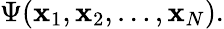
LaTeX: \begin{array}{r}{\Psi(\mathbf{x}_{1},\mathbf{x}_{2},\ldots,\mathbf{x}_{N}).}\end{array}